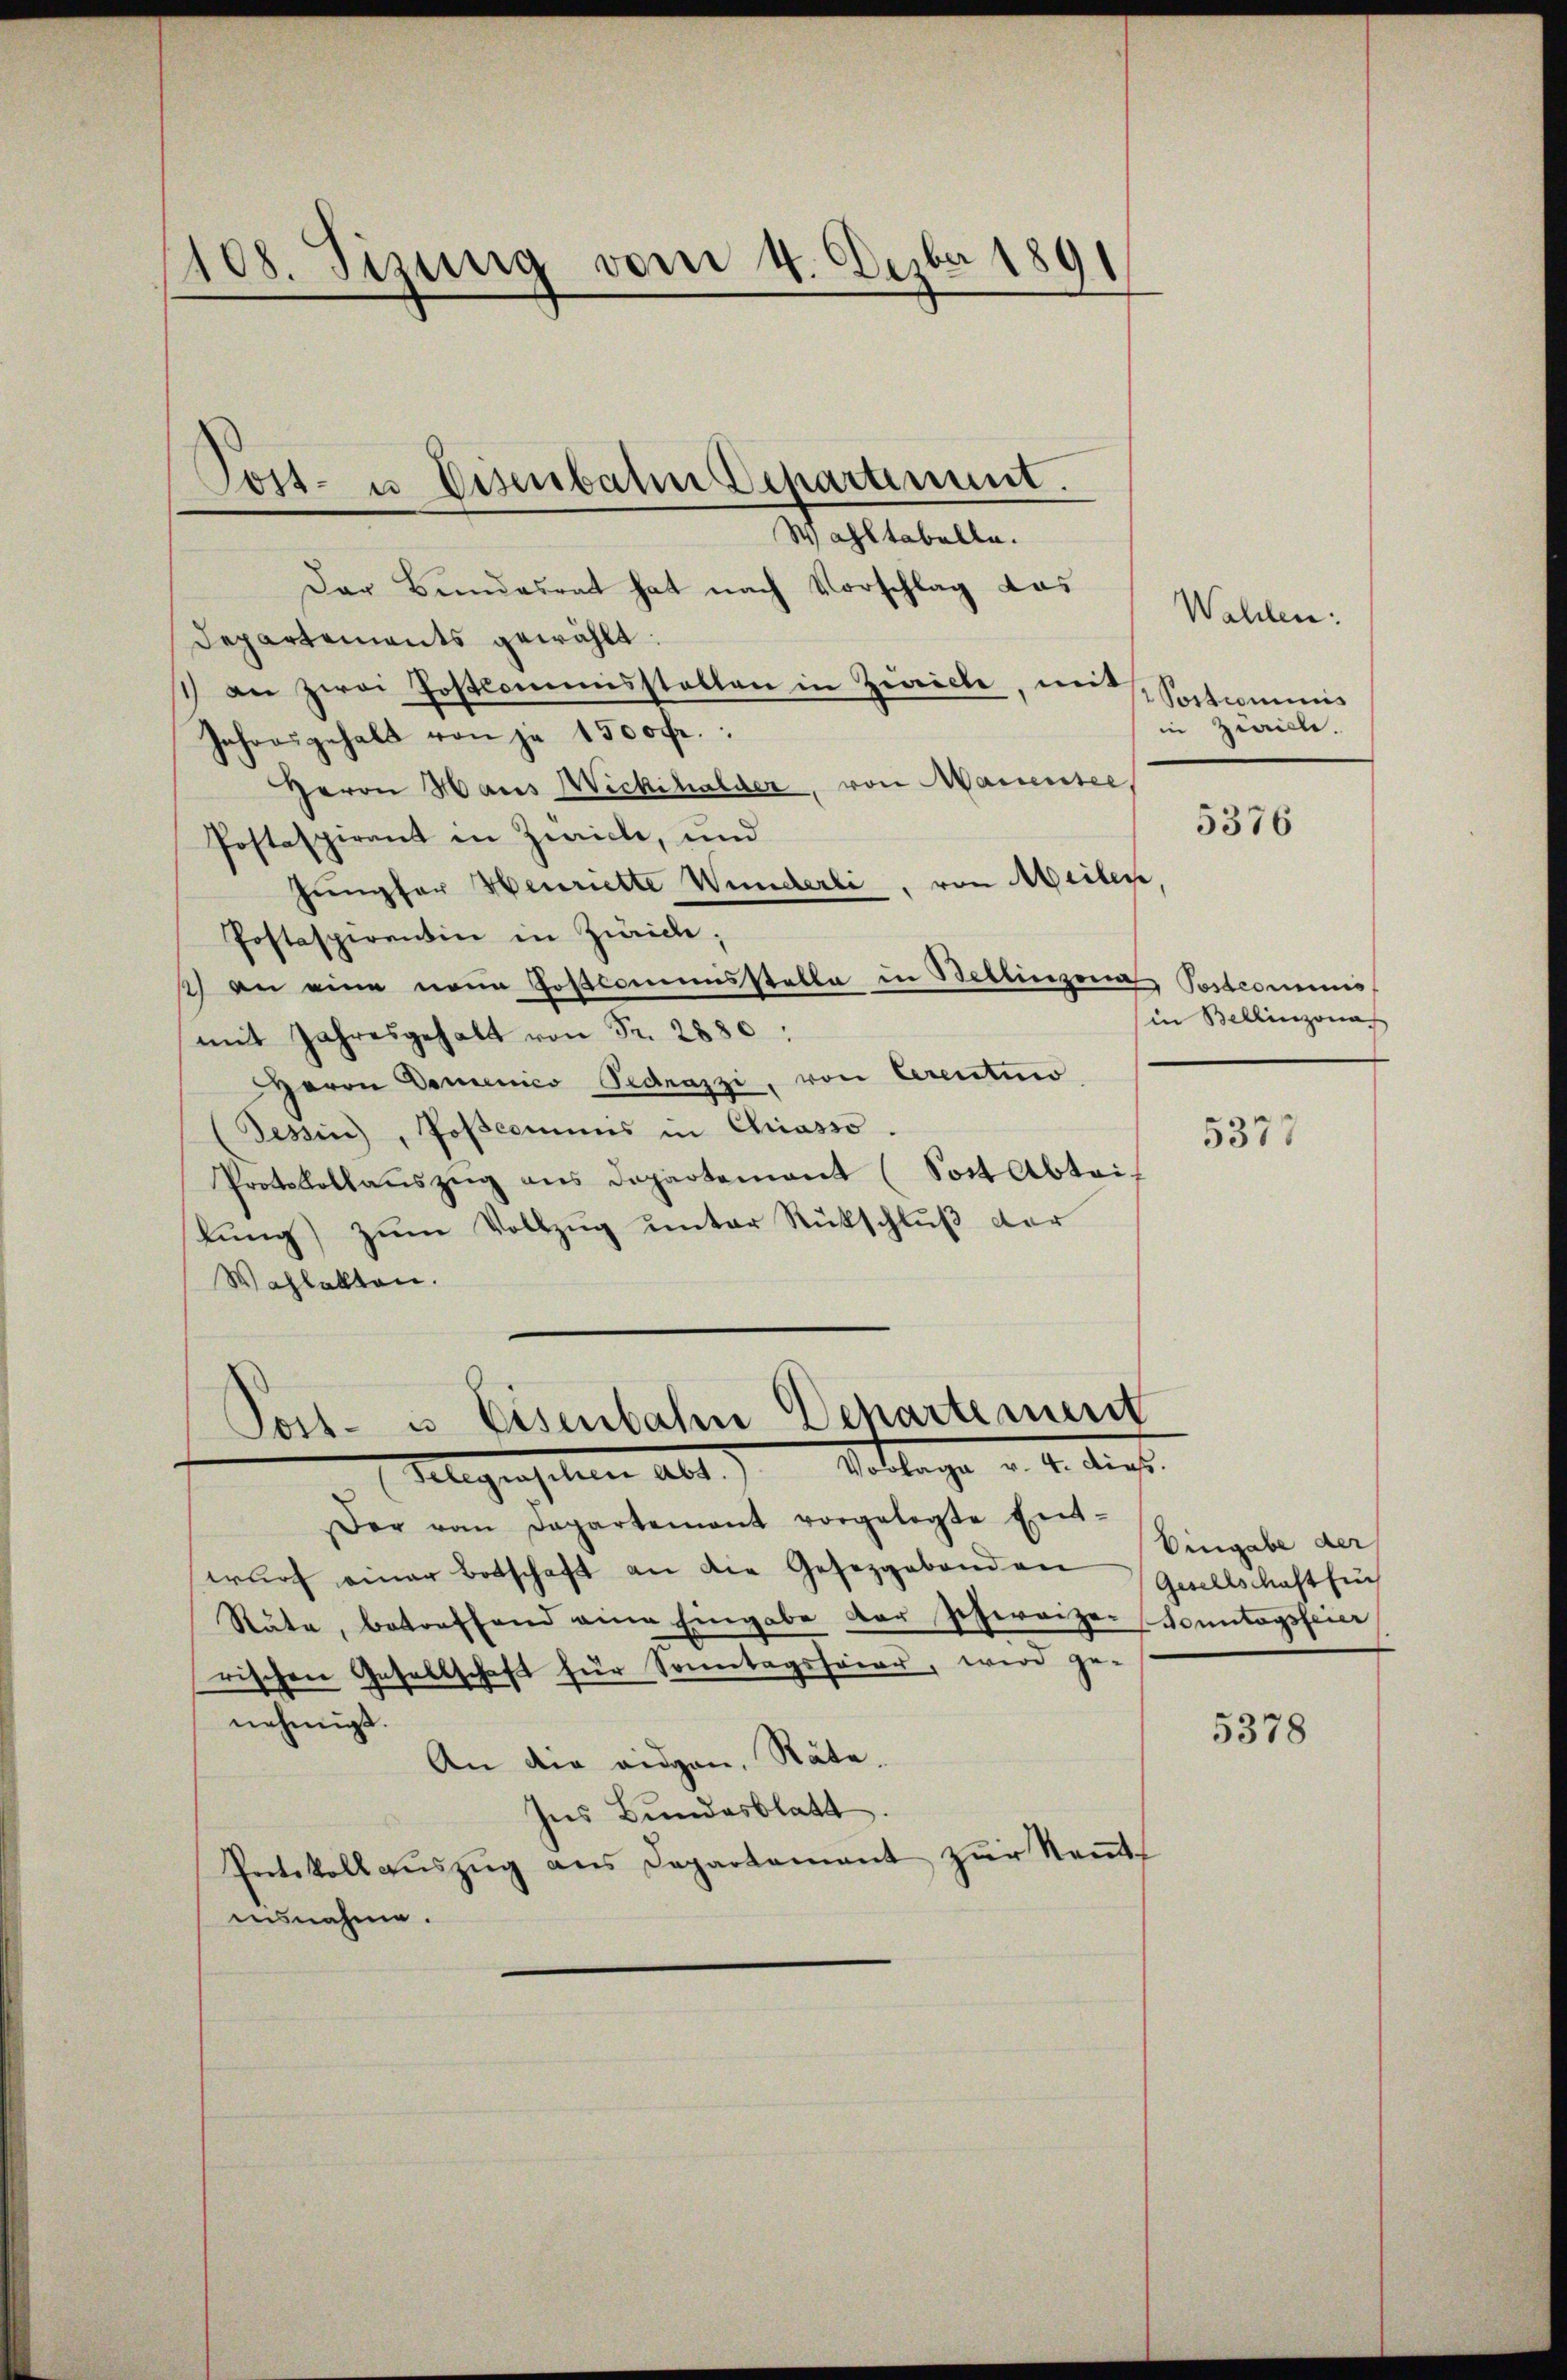
1108. Sizung vom 4. Dezbr 1891

Der Bundesrat hat nach Vorschlag das
Departements gewählt:
1) an zwei Postcommisstellen in Zürich, mit Settcommis
Jahresgehalt von je 1500 fr.:
Herrn Haus Wickihalder, von Manensee,
Postaspirant in Zürich, und
Jungfer Henriette Wunderli, von Meilen
Postaspirentin in Zürich;
2) an eine neue Postcommensstelle in Bellinzona Pardcominis
mit Jahresgehalt von Fr. 2880:
Herrn Domenico Gedrazzi, von Cerentio
(Tessin, Poscommis in Chiasso.
Protokollaŭszŭg ans Departement (Sott Abtei-
lung) zum Vollzug unter Rückschluß der
Wahlakten.

Post- u. Eisenbahn Departiment.
Wahl tabelle.

Post- u Eisenbahn Departement
Flegenschen Abt. Sollege v. 4. dies

Der von Departement vorgelegte Ent-
wŭrf einer Botschaft an die Gesetzgebenden Gesellschaft füh
Räte, betreffend eine Eingabe der schweize- Sonntagsfeier
rischen Gesellschaft für Sonntagsfeier, wird ge-
nehmigt.
An die eidgen. Räte.
Ins Bundesblatt.
Protokoll aŭszŭg ans Departement zŭr Neṁt-
insnahme.

Wahlen:
in Ziville.

in Bellinzona

5376

5377

Eingabe der

5378